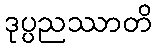
ဒုပ္ပညဿာတိ